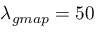
\lambda _ { g m a p } = 5 0